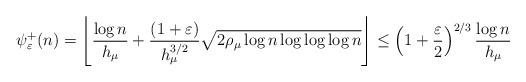
\begin{align*}\psi_{\varepsilon}^{+}(n)=\left\lfloor \frac{\log n}{h_{\mu}}+\frac{(1+\varepsilon)}{h_{\mu}^{3/2}}\sqrt{2\rho_{\mu}\log n\log \log \log n}\right \rfloor\leq \left(1+\frac{\varepsilon}{2}\right)^{2/3}\frac{\log n}{h_{\mu}}\end{align*}